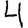
Digit: 4